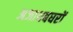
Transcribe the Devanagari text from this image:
अजायबघरों